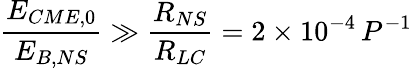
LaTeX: \frac{E_{CME,0}}{E_{B,NS}}\gg\frac{R_{NS}}{R_{LC}}=2\times 10^{-4}\, P^{-1}